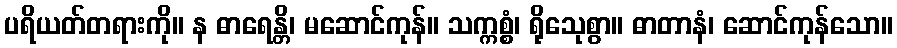
ပရိယတ်တရားကို။ န ဓာရေန္တိ၊ မဆောင်ကုန်။ သက္ကစ္စံ၊ ရိုသေုစွာ။ ဓာတာနံ၊ ဆောင်ကုန်သော။